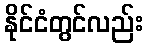
နိုင်ငံတွင်လည်း